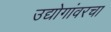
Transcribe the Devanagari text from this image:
उद्योगांवरचा